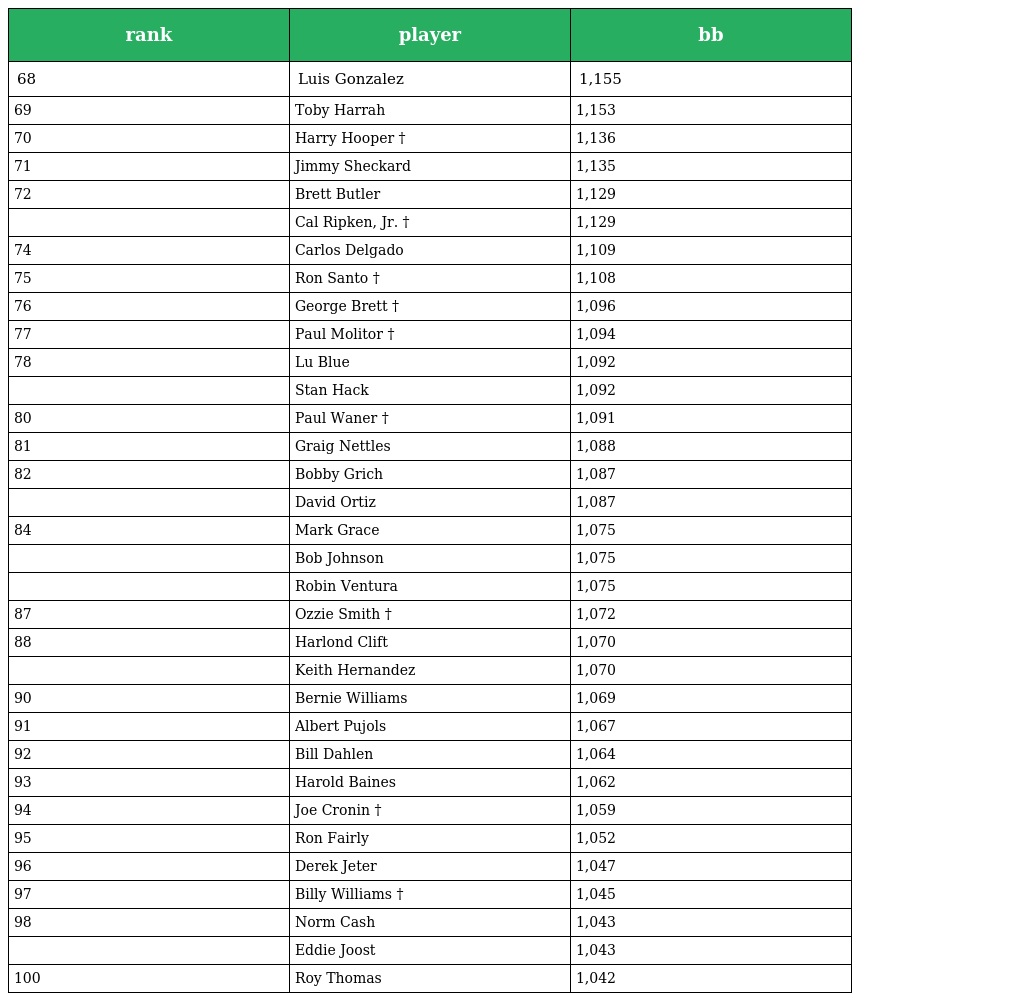
| rank | player | bb |
 | --- | --- | --- |
 | 68 | Luis Gonzalez | 1,155 |
 | 69 | Toby Harrah | 1,153 |
 | 70 | Harry Hooper † | 1,136 |
 | 71 | Jimmy Sheckard | 1,135 |
 | 72 | Brett Butler | 1,129 |
 |  | Cal Ripken, Jr. † | 1,129 |
 | 74 | Carlos Delgado | 1,109 |
 | 75 | Ron Santo † | 1,108 |
 | 76 | George Brett † | 1,096 |
 | 77 | Paul Molitor † | 1,094 |
 | 78 | Lu Blue | 1,092 |
 |  | Stan Hack | 1,092 |
 | 80 | Paul Waner † | 1,091 |
 | 81 | Graig Nettles | 1,088 |
 | 82 | Bobby Grich | 1,087 |
 |  | David Ortiz | 1,087 |
 | 84 | Mark Grace | 1,075 |
 |  | Bob Johnson | 1,075 |
 |  | Robin Ventura | 1,075 |
 | 87 | Ozzie Smith † | 1,072 |
 | 88 | Harlond Clift | 1,070 |
 |  | Keith Hernandez | 1,070 |
 | 90 | Bernie Williams | 1,069 |
 | 91 | Albert Pujols | 1,067 |
 | 92 | Bill Dahlen | 1,064 |
 | 93 | Harold Baines | 1,062 |
 | 94 | Joe Cronin † | 1,059 |
 | 95 | Ron Fairly | 1,052 |
 | 96 | Derek Jeter | 1,047 |
 | 97 | Billy Williams † | 1,045 |
 | 98 | Norm Cash | 1,043 |
 |  | Eddie Joost | 1,043 |
 | 100 | Roy Thomas | 1,042 |